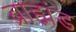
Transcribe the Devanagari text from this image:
ब्राह्मंड